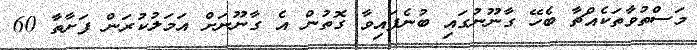
މަސްތުވާތަކެއްޗާ ބެހޭ ގާނޫނުގައި ބުނެފައިވާ ގޮތުން އެ ގާނޫނަށް އަމަލުކުރަން ފަށާތާ 60